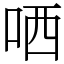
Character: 哂